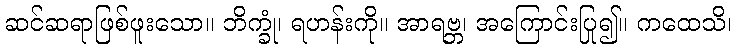
ဆင်ဆရာဖြစ်ဖူးသော။ ဘိက္ခုံ၊ ရဟန်းကို။ အာရဗ္ဘ၊ အကြောင်းပြု၍။ ကထေသိ၊